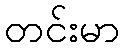
တင်းမာ